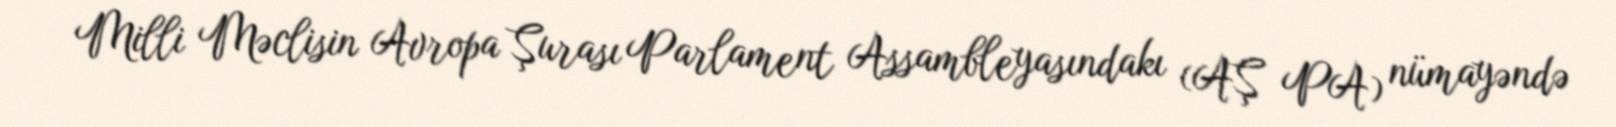
Milli Məclisin Avropa Şurası Parlament Assambleyasındakı (AŞ PA) nümayəndə